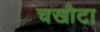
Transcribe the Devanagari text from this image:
चखौटा